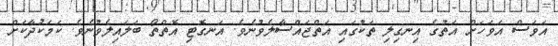
އަވަސް އަވަހަށް އަތުގެ އިނގިލި ތަކުގައި އަތްޖައްސާލެވުނެވެ. އަނގޮޓި އޮތްތޯ ބަލައިލެވުނެވެ. ކަމަކުދާކަށް